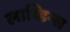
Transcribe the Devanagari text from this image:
लाय्डिन्स